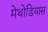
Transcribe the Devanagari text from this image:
मेथोडियास